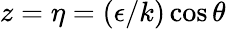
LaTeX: z=\eta=(\epsilon/k)\cos{\theta}